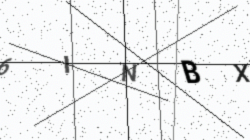
Text: 6INBX